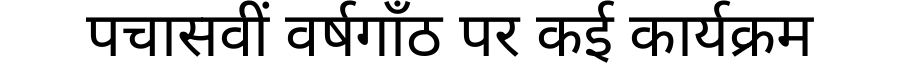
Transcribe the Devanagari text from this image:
पचासवीं वर्षगाँठ पर कई कार्यक्रम